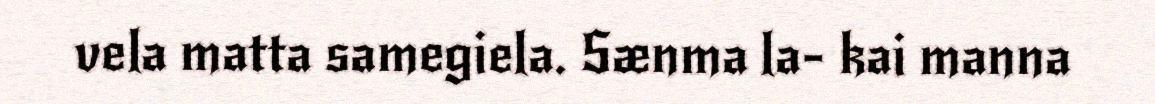
vela matta samegiela. Sænma la- kai manna